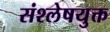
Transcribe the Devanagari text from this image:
संश्लेषयुक्त